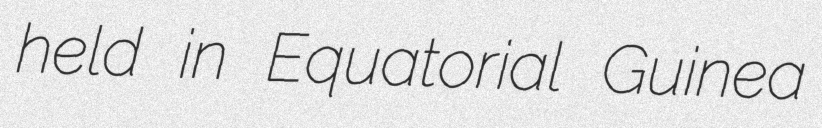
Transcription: held in Equatorial Guinea